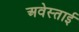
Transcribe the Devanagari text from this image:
अवेस्ताई